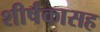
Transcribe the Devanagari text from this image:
शीर्षकासह